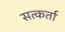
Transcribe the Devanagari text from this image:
सत्कर्ता